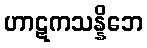
ဟာဋကသန္နိဘေ